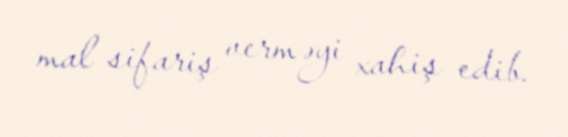
mal sifariş verməyi xahiş edib.